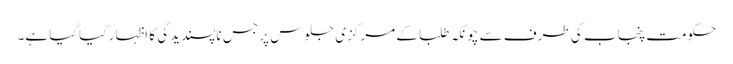
حکومت پنجاب کی طرف سے چونکہ طلبا کے مرکزی جلوس پر جس ناپسندیدگی کا اظہار کیاگیا ہے۔